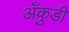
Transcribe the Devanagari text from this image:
अँकुड़ी